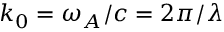
k _ { 0 } = \omega _ { A } / c = 2 \pi / \lambda